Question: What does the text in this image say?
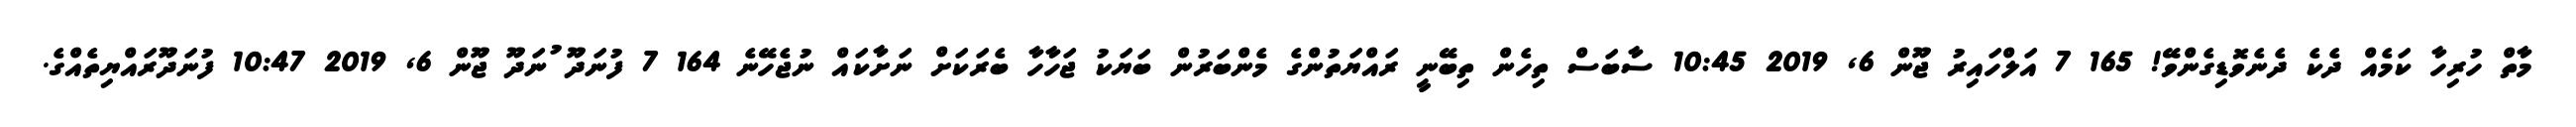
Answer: މާތް ހުރިހާ ކަމެއް ދެކެ ދެނެވޮޑިގެންވޭ! 165 7 އަލްހައިރު ޖޫން 6, 2019 10:45 ސާބަސް ތިހެން ތިބޭނީ ރައްޔަތުންގެ މެންބަރުން ބަޔަކު ޖަހާހާ ބެރަކަށް ނަށާކައް ނުޖެހޭނެ 164 7 ފުނަދޫ ުނަދޫ ޖޫން 6, 2019 10:47 ފުނަދޫރައްޔިތެއްގެ.